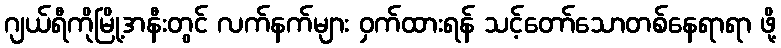
ဂျယ်ရီကိုမြို့အနီးတွင် လက်နက်များ ဝှက်ထားရန် သင့်တော်သောတစ်နေရာရာ ဖို့